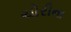
ચોરીના